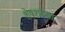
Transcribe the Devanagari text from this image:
शेषशय्या